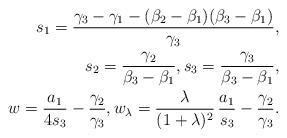
LaTeX: \begin{align*}s_1=\frac{\gamma_3-\gamma_1-(\beta_2-\beta_1)(\beta_3-\beta_1)}{\gamma_3}, \\s_2=\frac{\gamma_2}{\beta_3-\beta_1},s_3=\frac{\gamma_3}{\beta_3-\beta_1},\\w=\frac{a_1}{4s_3}-\frac{\gamma_2}{\gamma_3},w_{\lambda}=\frac{\lambda}{(1+\lambda)^2}\, \frac{a_1}{s_3}-\frac{\gamma_2}{\gamma_3}.\end{align*}